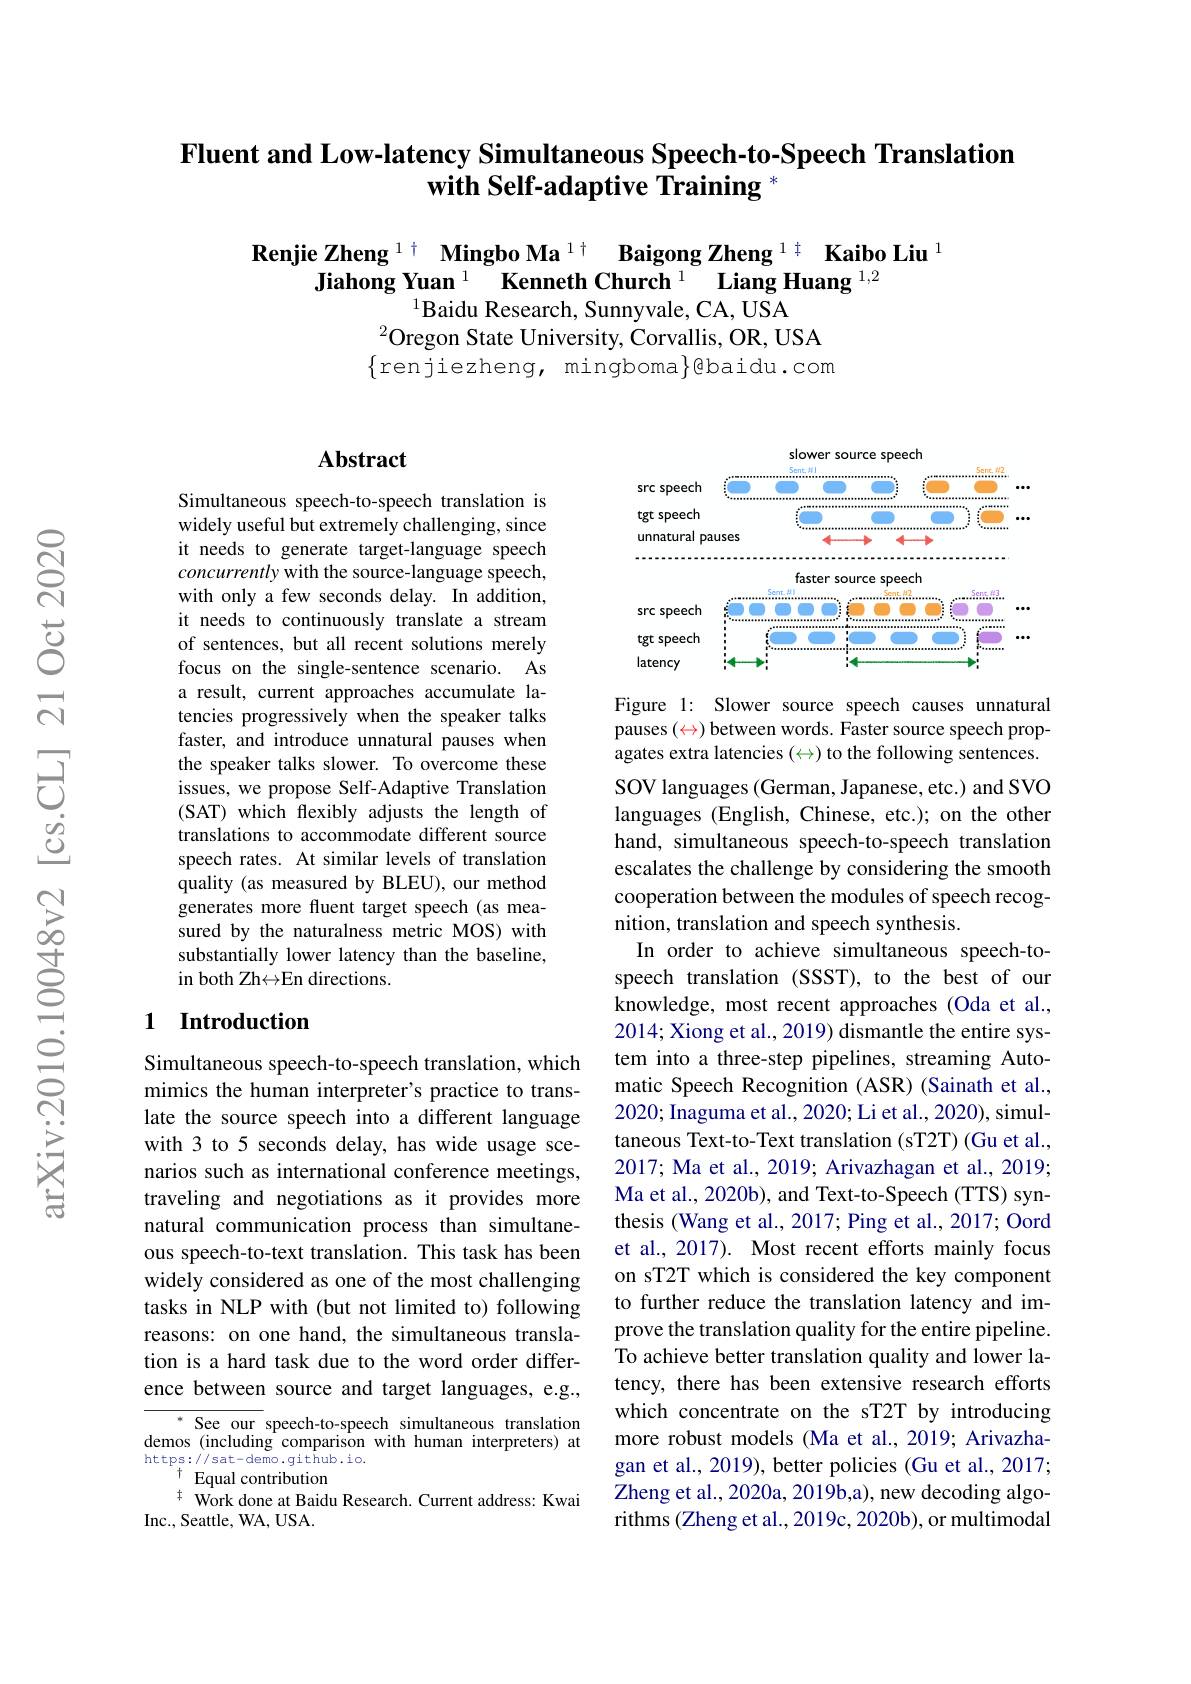
## Fluent and Low-latency Simultaneous Speech-to-Speech Translation $\ddot{\textbf{with Self-adaptive Training }}^*$

Renjie Zheng $^{1\dagger}$ Mingbo Ma$^{1\dagger}$ Baigong Zheng $^{1\dagger}$ Kaibo Liu$^{1}$
Jiahong Yuan $^{1}\textbf{Kenneth Church}^{1}\textbf{Liang Huang }^{1,2}$
$^{1}$Baidu Research, Sunnyvale, CA, USA

$^{2}$Oregon State University, Corvallis, OR, USA $\{$renjiezheng, mingboma$\}$@baidu.com

### $\mathbf{Abstract}$

Simultaneous speech-to-speech translation is widely useful but extremely challenging, since it needs to generate target-language speech concurrently with the source-language speech, with only a few seconds delay. In addition, it needs to continuously translate a stream of sentences, but all recent solutions merely focus on the single-sentence scenario. As a result, current approaches accumulate latencies progressively when the speaker talks faster, and introduce unnatural pauses when the speaker talks slower. To overcome these issues, we propose Self-Adaptive Translation (SAT) which flexibly adjusts the length of translations to accommodate different source speech rates. At similar levels of translation quality (as measured by BLEU), our method generates more fluent target speech (as measured by the naturalness metric MOS) with substantially lower latency than the baseline, in both Zh$\leftrightarrow$En directions.

## 1 Introduction

Simultaneous speech-to-speech translation, which mimics the human interpreter's practice to translate the source speech into a different language with 3 to 5 seconds delay, has wide usage scenarios such as international conference meetings, traveling and negotiations as it provides more natural communication process than simultaneous speech-to-text translation. This task has been widely considered as one of the most challenging tasks in NLP with (but not limited to) following reasons: on one hand, the simultaneous translation is a hard task due to the word order difference between source and target languages, e.g.,

See our speech-to-speech simultaneous translation demos (including comparison with human interpreters) at https://sat-demo.github.io.
$^{+}$Equal contribution
$^{\pm}$ Work done at Baidu Research. Current address: Kwai
Inc., Seattle, WA, USA.

<FigureHere>

Figure 1: Slower source speech causes unnatural pauses $(\color{red}{\leftrightarrow})$ between words. Faster source speech propagates extra latencies $(\leftrightarrow)$ to the following sentences.

SOV languages (German, Japanese, etc.) and SVO languages (English, Chinese, etc.); on the other hand, simultaneous speech-to-speech translation escalates the challenge by considering the smooth cooperation between the modules of speech recognition, translation and speech synthesis.
In order to achieve simultaneous speech-tospeech translation (SSST), to the best of our knowledge, most recent approaches (Oda et al., 2014; Xiong et al., 2019) dismantle the entire system into a three-step pipelines, streaming Automatic Speech Recognition (ASR) (Sainath et al., 2020; Inaguma et al., 2020; Li et al., 2020), simultaneous Text-to-Text translation (sT2T) (Gu et al., 2017; Ma et al., 2019; Arivazhagan et al., 2019; Ma et al., 2020b), and Text-to-Speech (TTS) synthesis (Wang et al., 2017; Ping et al., 2017; Oord et al., 2017). Most recent efforts mainly focus on sT2T which is considered the key component to further reduce the translation latency and improve the translation quality for the entire pipeline. To achieve better translation quality and lower latency, there has been extensive research efforts which concentrate on the sT2T by introducing more robust models (Ma et al., 2019; Arivazhagan et al., 2019), better policies (Gu et al., 2017; Zheng et al., 2020a, 2019b,a), new decoding algorithms (Zheng et al., 2019c, 2020b), or multimodal